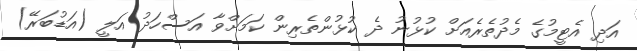
އަދި އެޓީމުގެ މެދުތެރެއަށް ކުޅުނު ދެ ކުޅުންތެރިން ކަމަށްވާ އަސްހަދު އަލީ (އަޑުބަރޭ)